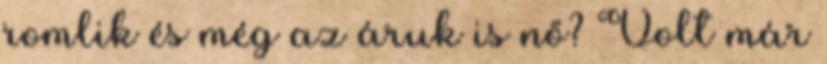
romlik és még az áruk is nő? Volt már